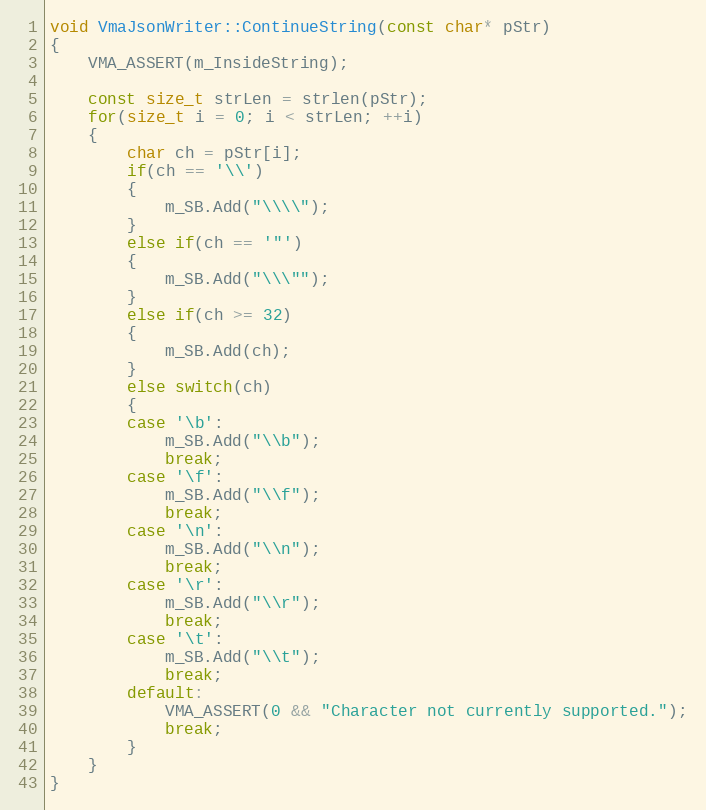
Language: C
void VmaJsonWriter::ContinueString(const char* pStr)
{
    VMA_ASSERT(m_InsideString);

    const size_t strLen = strlen(pStr);
    for(size_t i = 0; i < strLen; ++i)
    {
        char ch = pStr[i];
        if(ch == '\\')
        {
            m_SB.Add("\\\\");
        }
        else if(ch == '"')
        {
            m_SB.Add("\\\"");
        }
        else if(ch >= 32)
        {
            m_SB.Add(ch);
        }
        else switch(ch)
        {
        case '\b':
            m_SB.Add("\\b");
            break;
        case '\f':
            m_SB.Add("\\f");
            break;
        case '\n':
            m_SB.Add("\\n");
            break;
        case '\r':
            m_SB.Add("\\r");
            break;
        case '\t':
            m_SB.Add("\\t");
            break;
        default:
            VMA_ASSERT(0 && "Character not currently supported.");
            break;
        }
    }
}